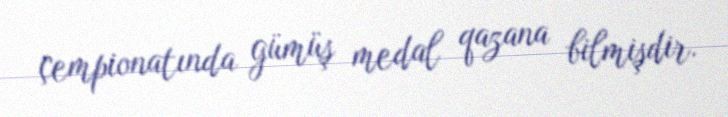
çempionatında gümüş medal qazana bilmişdir.